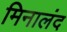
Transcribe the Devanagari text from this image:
मिनालंद